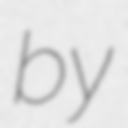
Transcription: by